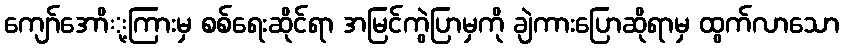
ကျော်အောို့ကြားမှ စစ်ရေးဆိုင်ရာ အမြင်ကွဲပြာမှကို ချဲကားပြောဆိုရာမှ ထွက်လာသော